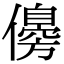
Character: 𠐈